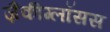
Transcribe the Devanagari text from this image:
ज़ैकीग्लॉसस